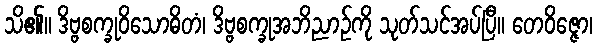
သိ၏။ ဒိဗ္ဗစက္ခုဝိသောဓိတံ၊ ဒိဗ္ဗစက္ခုအဘိညာဉ်ကို သုတ်သင်အပ်ပြီ။ တေဝိဇ္ဇော၊